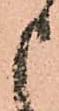
申